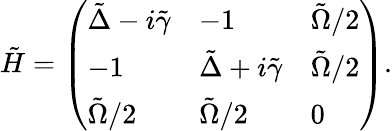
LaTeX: \tilde{H}=\left(\begin{array}{lll}{\tilde{\Delta}-i\tilde{\gamma}}&{-1}&{\tilde{\Omega}/2}\\ {-1}&{\tilde{\Delta}+i\tilde{\gamma}}&{\tilde{\Omega}/2}\\ {\tilde{\Omega}/2}&{\tilde{\Omega}/2}&{0}\end{array}\right).